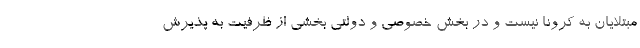
مبتلایان به کرونا نیست و در بخش خصوصی و دولتی بخشی از ظرفیت به پذیرش